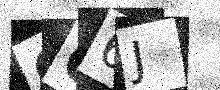
Text: QC6J